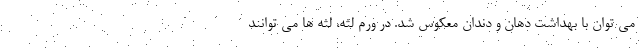
می توان با بهداشت دهان و دندان معکوس شد. در ورم لثه، لثه ها می توانند